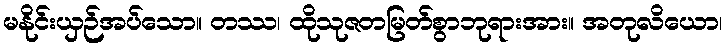
မနိုင်းယှဉ်အပ်သော။ တဿ၊ ထိုသုဇတမြတ်စွာဘုရားအား။ အတုလိယော၊